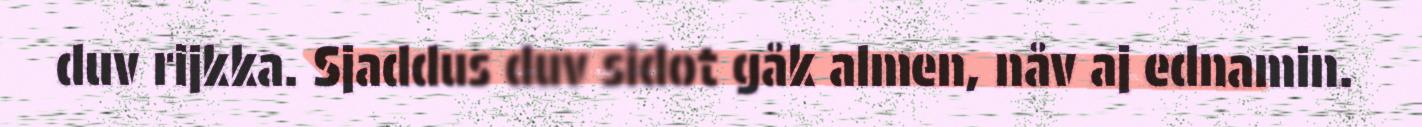
duv rijkka. Sjaddus duv sidot gåk almen, nåv aj ednamin.